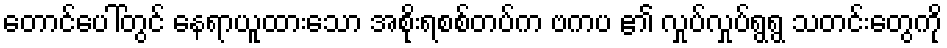
တောင်ပေါ်တွင် နေရာယူထားသော အစိုးရစစ်တပ်က ဗကပ ၏ လှုပ်လှုပ်ရွရွ သတင်းတွေကို